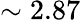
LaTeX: \sim 2.87